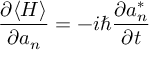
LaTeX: { \frac { \partial \langle H \rangle } { \partial a _ { n } } } = - i \hbar { \frac { \partial a _ { n } ^ { * } } { \partial t } }